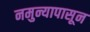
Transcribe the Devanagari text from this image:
नमुन्यापासून